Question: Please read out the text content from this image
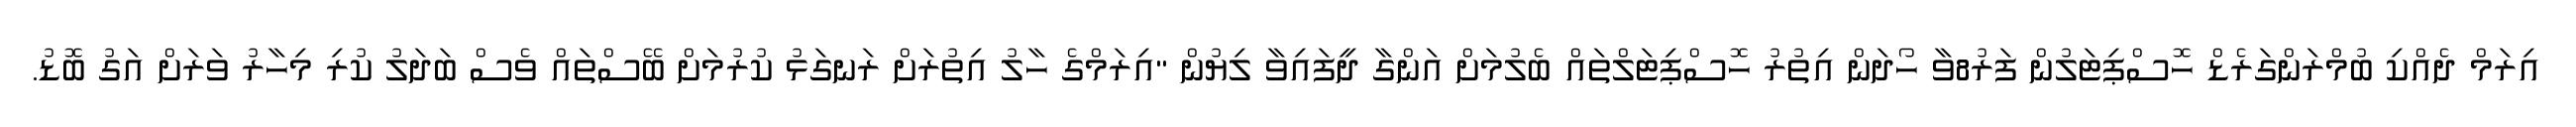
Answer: އިރަމް ދެއްކި ބުމްރަންގަރެޑް ހޮސްޕިޓަލުން ފަރު8ވާ ހޯދަން އިތުރު ހޮސްޕިޓަލްތައް ބެލުމަށް އަންގާ ދީފައިވާ ލިޔުން "އިރަމްގެ ހާލު އިތުރަށް ރަނގަޅު ކުރުމަށް ބޭސްތައް ވެސް ބަދަލު ކުރި މިހާރު ވަރަށް އަގު ބޮޑު.